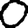
Digit: 0